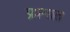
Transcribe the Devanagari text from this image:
प्रश्‍नात